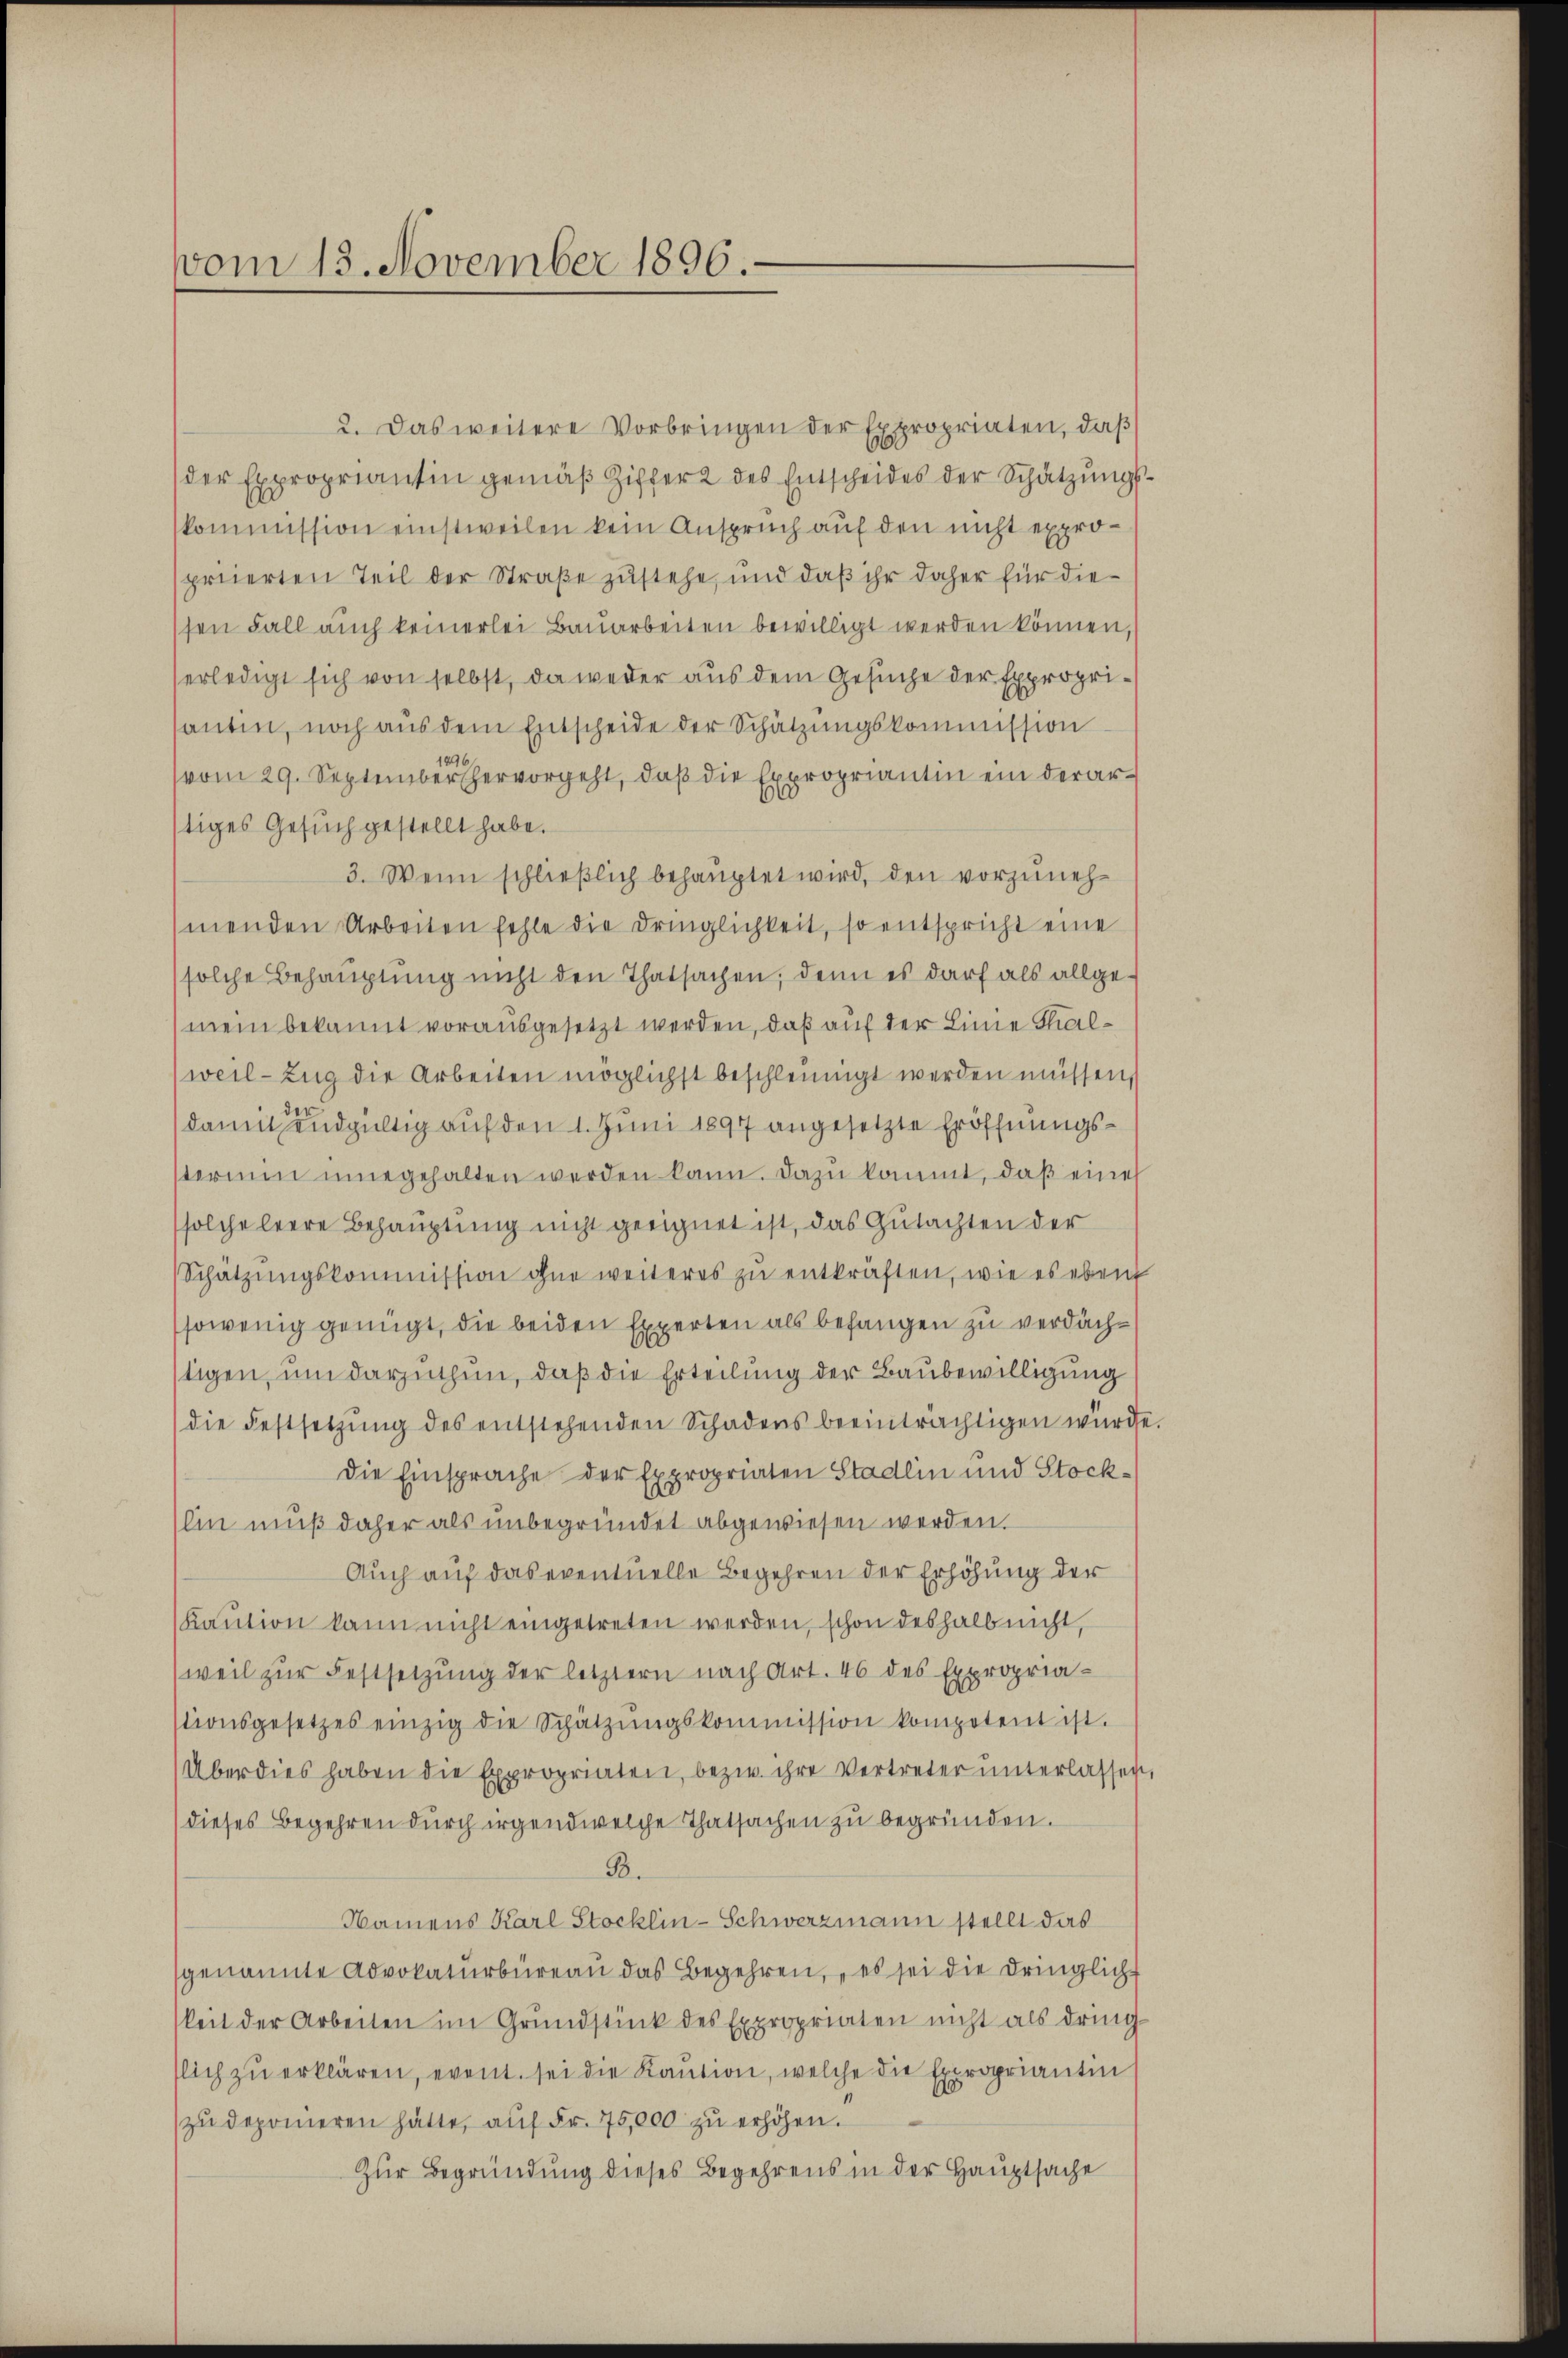
vom 13. November 1896.

2. Das weitere Vorbringen der Expropriaten, daβ
der Expropriantin gemäß Ziffer 2 des Entscheides der Schätzungskommission einstweilen kein Anspruch auf den nicht expropriierten Teil der Straße zustehe, und daß ihr daher für diesen Fall auch keinerlei Bauarbeiten bewilligt werden können,
erledigt sich von selbst, da weder aus dem Gesuche der Exproprisantin, noch aus dem Entscheide der Schätzungskommission
vom 29. September hervorgeht, daß die Expropriantin ein derartiges Gesuch gestellt habe.
3. Wenn schließlich behauptet wird, den vorzunehmenden Arbeiten fehle die Dringlichkeit, so entspricht eine
solche Behauptung nicht den Thatsachen, denn es darf als allgemein bekannt vorausgesetzt werden, daß auf der Linie Thalweil - Zug die Arbeiten möglichst beschleunigt werden müssen,
damit endgültig auf den 1. Juni 1897 angesetzte Eröffnungsterium inne gehalten werden kann. Dazu kommt, daß eine
solche leere Behauptung nicht geeignet ist, das Gutachten der
Schätzŭngskommission ohne weiteres zŭ entkräften, wie es eben
sowenig genügt, die beiden Experten als befangen zu verdächtigen, um darzuthun, daß die Erteilung der Baubewilligung
die Festsetzŭng des entstehenden Schadens beeinträchtigen würde
Die Einsprache der Expropriaten Stadlin und Stocklin muß daher als unbegründet abgewiesen werden.
Auch auf das eventuelle Begehren der Erhöhung der
(Kaution kann nicht eingetreten werden, schon deshalb nicht,
weil zŭr Festsetzŭng der letztern nach Art. 46 des Expropria-
stionsgesetzes einzig die Schatzŭngskommission kompotent ist.
Überdies haben die Expropriaten, bezw. ihre Vertreter unterlassen
dieses Begehren durch irgendwelche Thatsachen zu begründen.
B.
Namens Karl Stocklin-Schwerzmann stellt das
genannte Advokaturbüreau das Begehren, „es sei die dringlich
keit der Arbeiten im Grundstück des Expropriaten nicht als dring
slich zŭ erklären, event sei die Kaution, welche die Expropriantin
zŭ deponieren hätte, aŭf Fr. 75,000 zŭ erhöhen.
Zur Begründung dieses Begehrens in der Hauptsache